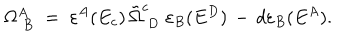
\Omega _ { \; B } ^ { A } \; = \; \varepsilon ^ { A } ( E _ { c } ) \, \tilde { \Omega } _ { \; D } ^ { c } \; \varepsilon _ { B } ( E ^ { D } ) \, - \, d \varepsilon _ { B } ( E ^ { A } ) .